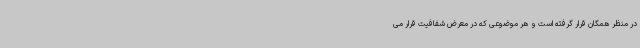
در منظر همگان قرار گرفته است و هر موضوعی که در معرض شفافیت قرار می